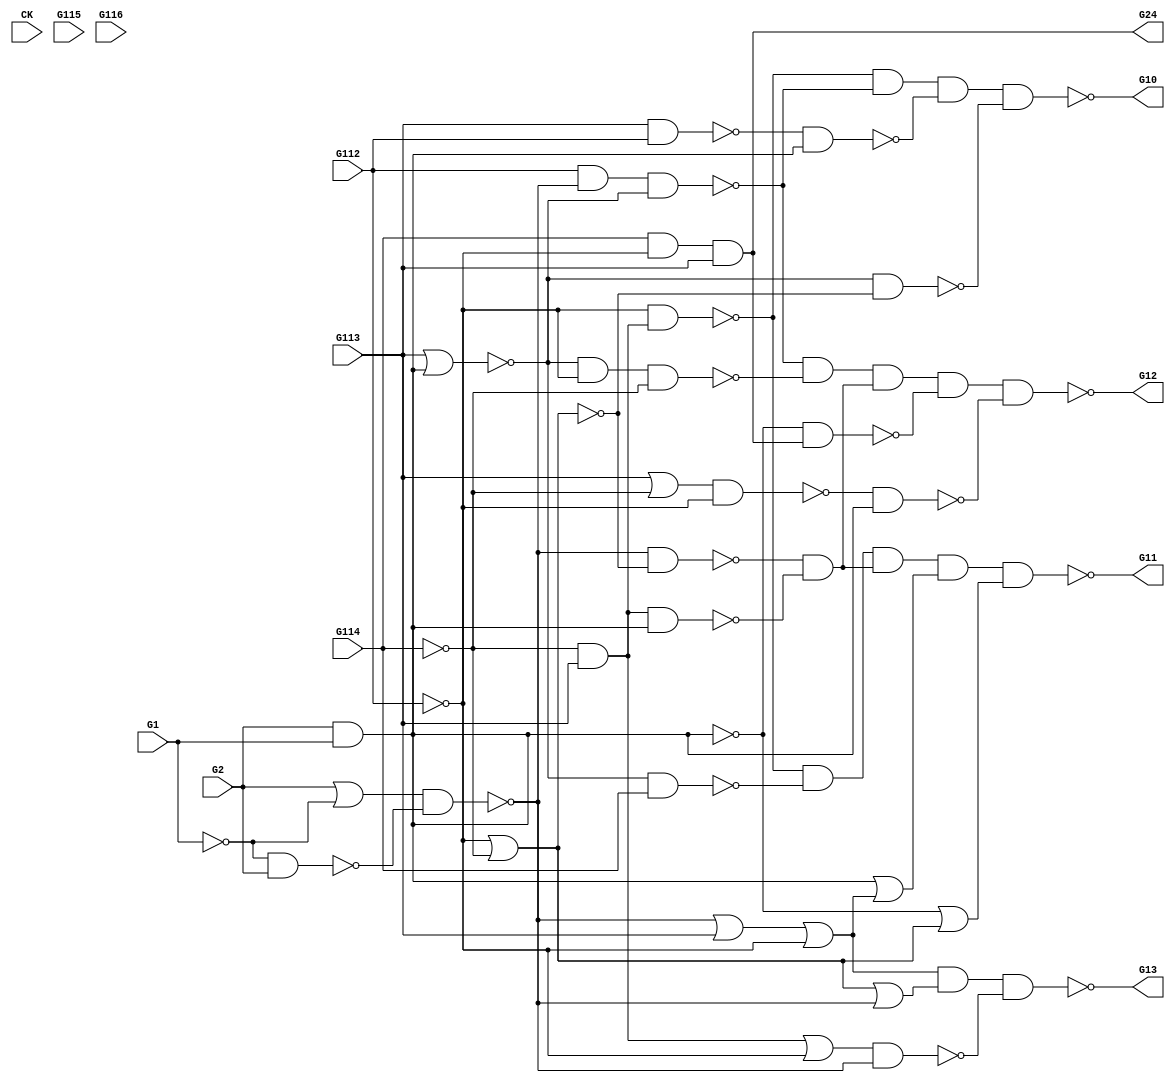
module b01(CK,G1,G2,G112,G113,G114,G115,G116,G10,G11,G12,G13,G24);
input CK,G1,G2,G112,G113,G114,G115,G116;
output G10,G11,G12,G13,G24;

  wire G1,G2,G3,G4,G5,G6,G7,G8,G9,G10,G11,G12,G13,G14,G15,G16,G17,G18,G19,G20,
       G21,G22,G23,G24,G25,G26,G27,G28,G29,G30,G31,G32,G33,G34,G35,G36,G37,G38,G39,G40,
       G41,G42,G43,G44,G45,G46,G47,G48,G49,G50,G51,G52,G53,G54,G55,G56,G57,G58,G59,G60,
       G61,G62,G63,G64,G65,G66,G67,G68,G69,G70,G71,G72,G73,G74,G75,G76,G77,G78,G79,G80,
       G81,G82,G83,G84,G85,G86,G87,G88,G89,G90,G91,G92,G93,G94,G95,G96,G97,G98,G99,G100,
       G101,G102,G103,G104,G105,G106,G107,G108,G109,G110,G111,G112,G113,G114,G115,G116;

  nand GNAME10(G10,G25,G26,G28,G29);
  nand GNAME11(G11,G25,G32,G21,G39,G40);
  nand GNAME12(G12,G26,G35,G21,G41,G42);
  nand GNAME13(G13,G23,G43,G44);
  and GNAME14(G14,G19,G113);
  not GNAME15(G15,G1);
  nor GNAME16(G16,G113,G18);
  not GNAME17(G17,G112);
  and GNAME18(G18,G2,G1);
  not GNAME19(G19,G114);
  nor GNAME20(G20,G17,G19);
  and GNAME21(G21,G30,G31);
  nand GNAME22(G22,G37,G38);
  or GNAME23(G23,G22,G113,G17);
  and GNAME24(G24,G114,G17,G113);
  nand GNAME25(G25,G17,G14);
  nand GNAME26(G26,G112,G22,G16);
  nand GNAME27(G27,G113,G112);
  nand GNAME28(G28,G27,G18);
  nand GNAME29(G29,G16,G20);
  nand GNAME30(G30,G22,G20);
  nand GNAME31(G31,G14,G18);
  nand GNAME32(G32,G16,G114);
  or GNAME33(G33,G113,G19);
  nand GNAME34(G34,G33,G17);
  nand GNAME35(G35,G16,G17,G19);
  or GNAME36(G36,G14,G17);
  or GNAME37(G37,G2,G15);
  nand GNAME38(G38,G15,G2);
  or GNAME39(G39,G18,G23);
  or GNAME40(G40,G45,G46);
  nand GNAME41(G41,G45,G24);
  nand GNAME42(G42,G34,G18);
  or GNAME43(G43,G46,G22);
  nand GNAME44(G44,G36,G22);
  not GNAME45(G45,G18);
  not GNAME46(G46,G20);

endmodule